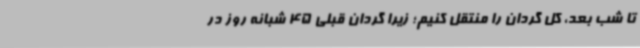
تا شب بعد، کل گردان را منتقل کنیم؛ زیرا گردان قبلی 45 شبانه روز در